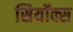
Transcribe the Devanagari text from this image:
सियॉक्स